65_HS1-834228961_62-HQ-83894_Section_6
Agency: FBI
Page 164
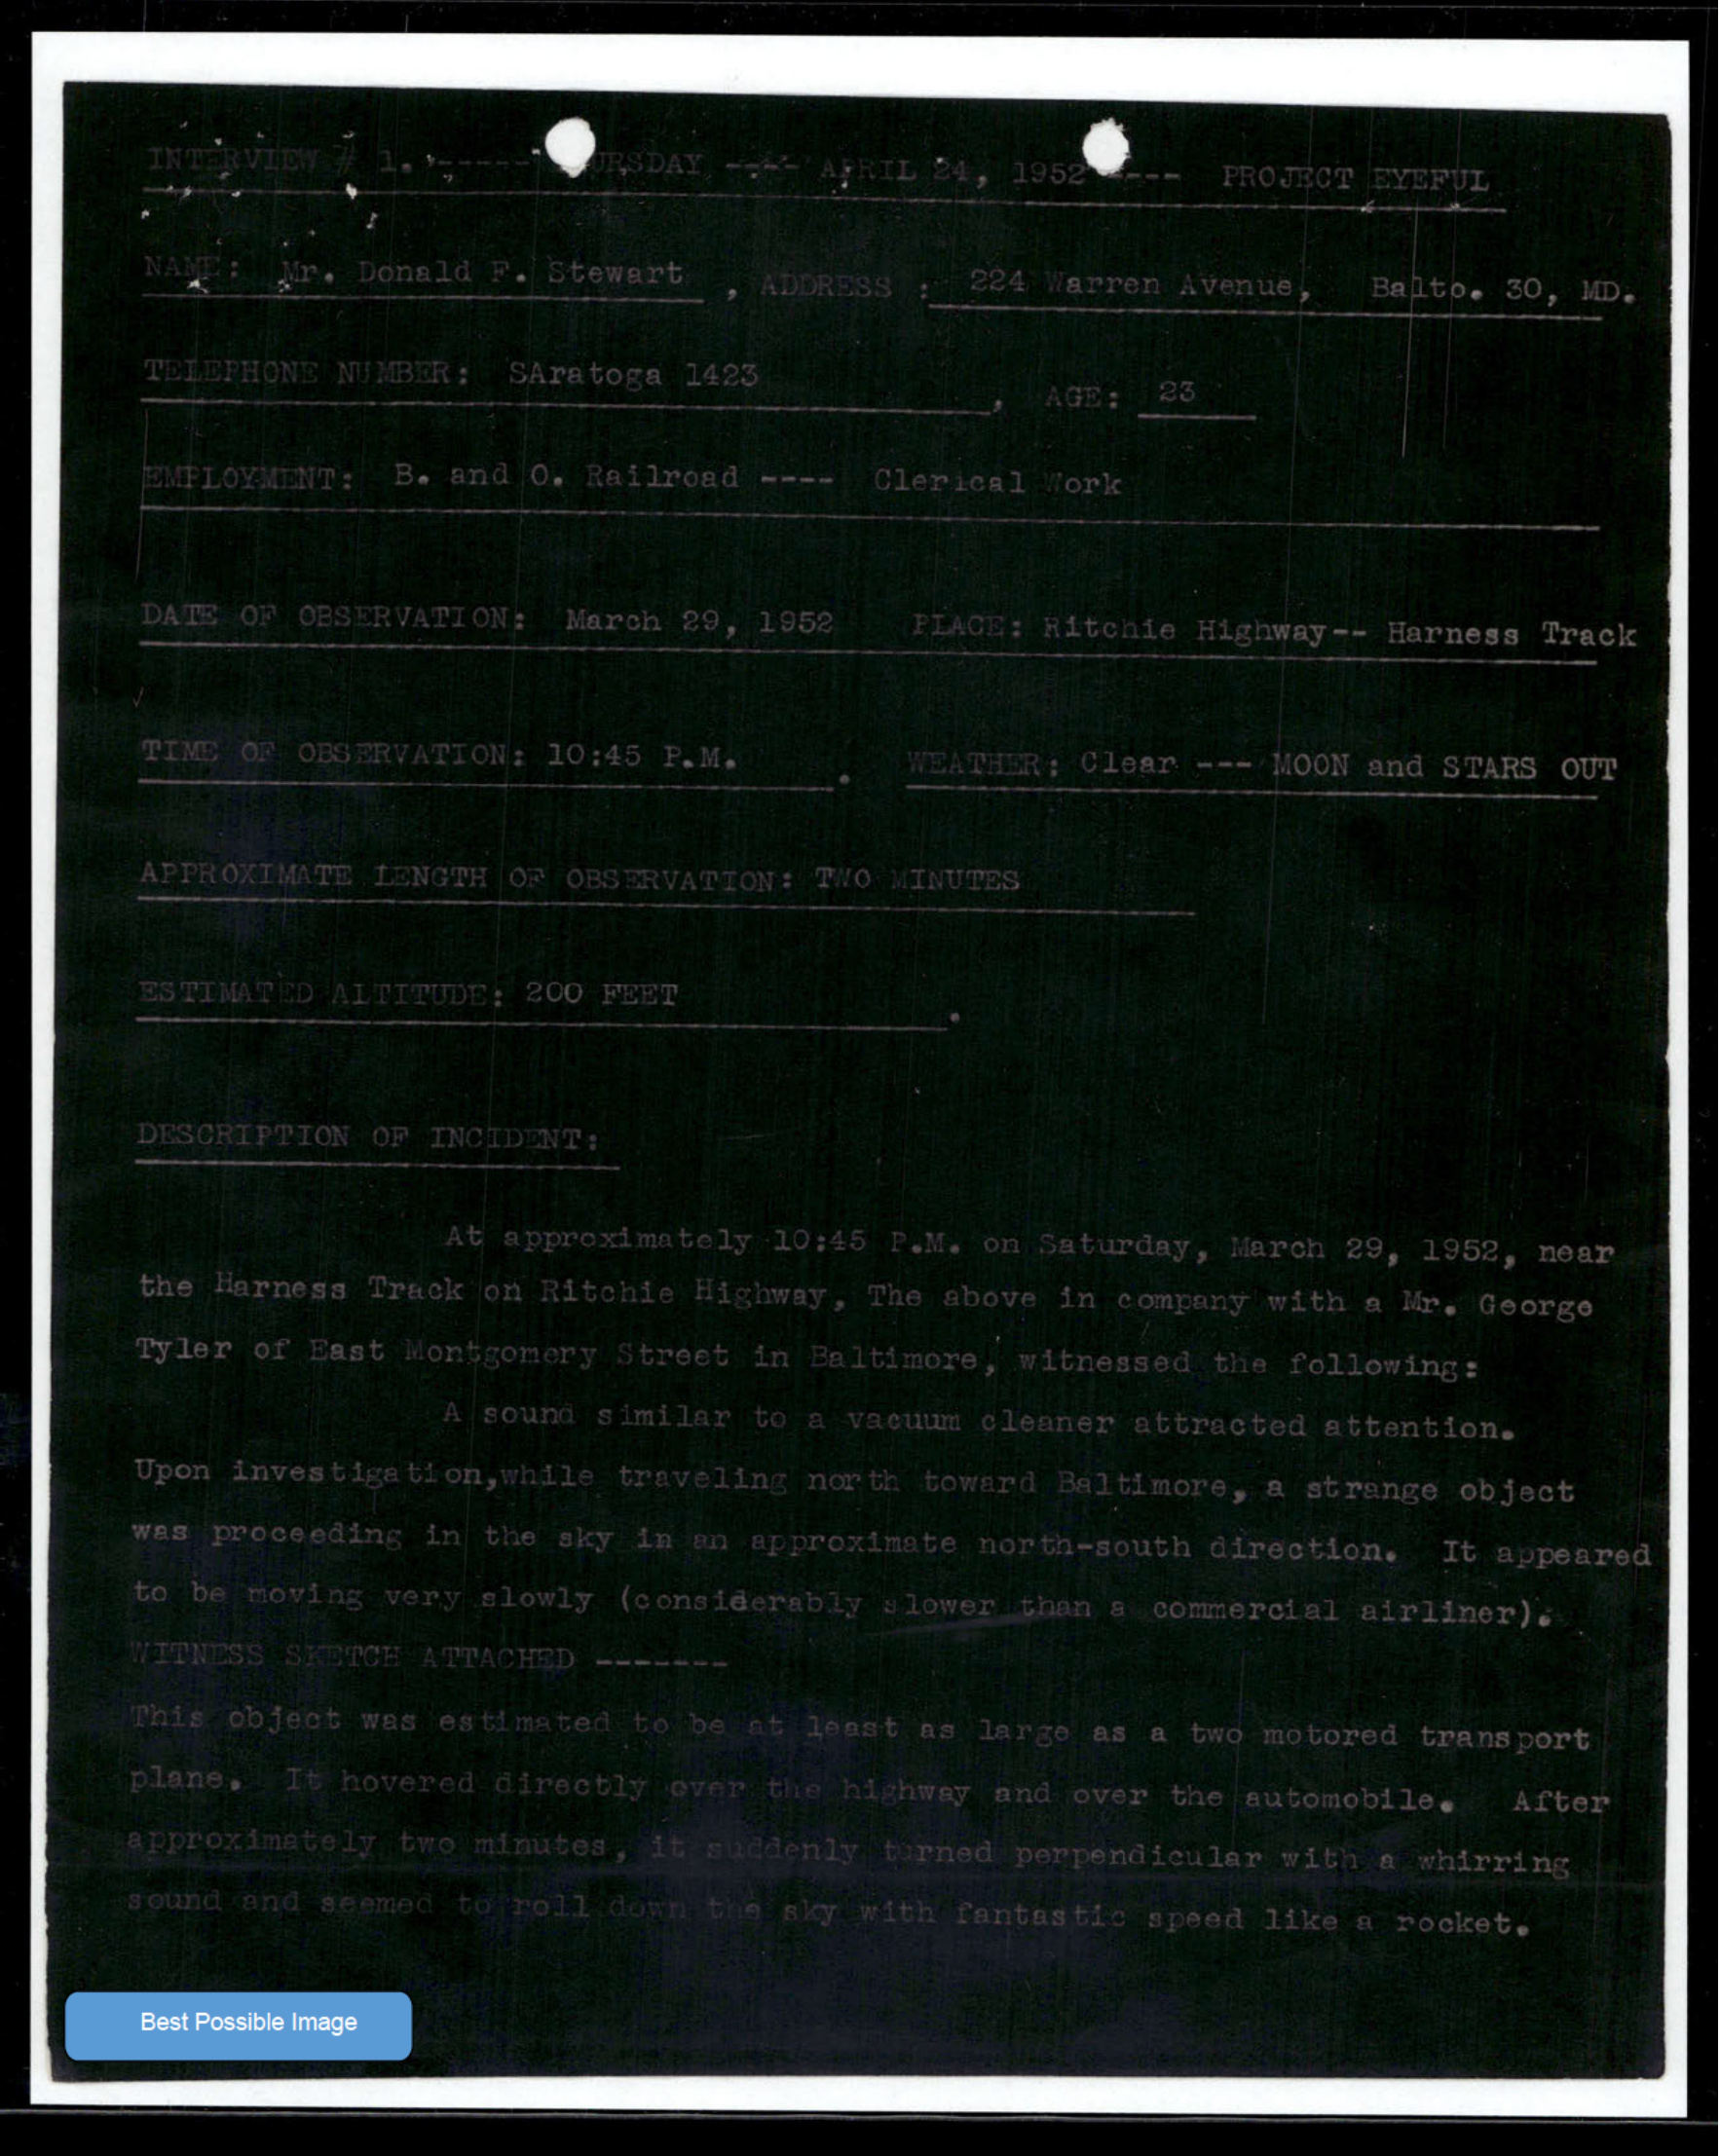